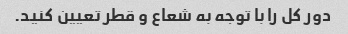
دور کل را با توجه به شعاع و قطر تعیین کنید.